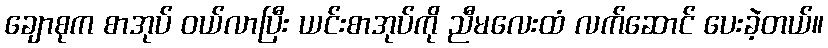
ချောစုက စာအုပ် ဝယ်လာပြီး ယင်းစာအုပ်ကို ညီမလေးထံ လက်ဆောင် ပေးခဲ့တယ်။